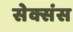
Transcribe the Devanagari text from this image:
सेक्संस